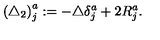
\left( \triangle _ { 2 } \right) _ { j } ^ { a } : = - \triangle \delta _ { j } ^ { a } + 2 R _ { j } ^ { a } .